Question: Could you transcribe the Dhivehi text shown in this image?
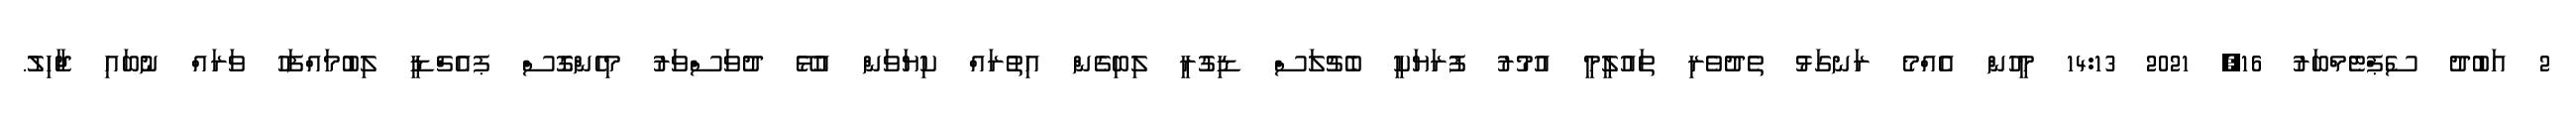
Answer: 2 އަބުދު ސެޕްޓެމްބަރު 16, 2021 14:13 މީހުން އެއްމެ ރަނގަޅު ތެދުވެރި ތައުލީމީ އުމުރު ފުރަޔަކީ ބެޗުލަސް ޑިގުރީ ލިބިގެން އިތުރައް ކިޔަވަން އުޅޭ ދުވަސްވަރު މިހެންގޮސް ޕއެޗްޑީ ލިބުމައްފަހު ވަރައް ނުބައި ޖާހިލު.